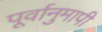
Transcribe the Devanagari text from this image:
पूर्वानुमापी